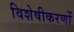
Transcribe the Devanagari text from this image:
विशेषीकरणों